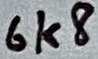
Text: 6k8